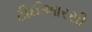
ટીઈઆરસી